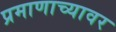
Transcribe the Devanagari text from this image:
प्रमाणाच्यावर